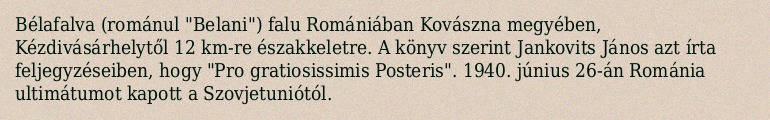
Bélafalva (románul "Belani") falu Romániában Kovászna megyében, Kézdivásárhelytől 12 km-re északkeletre. A könyv szerint Jankovits János azt írta feljegyzéseiben, hogy "Pro gratiosissimis Posteris". 1940. június 26-án Románia ultimátumot kapott a Szovjetuniótól.